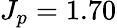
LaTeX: J_{p}=1.70